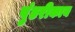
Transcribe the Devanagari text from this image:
पुंडरीकाय